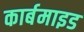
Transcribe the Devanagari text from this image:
कार्बमाइड